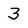
Character: 3